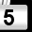
Digit: 5